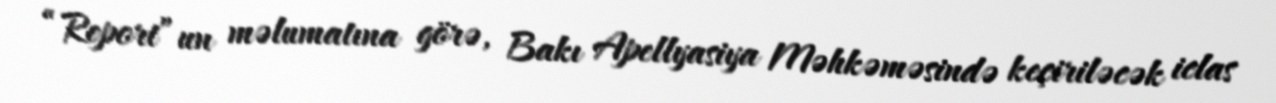
“Report”un məlumatına görə, Bakı Apellyasiya Məhkəməsində keçiriləcək iclas